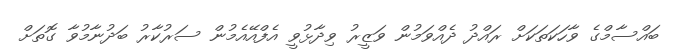
ބައްސާމްގެ ވާހަކަތަކަށް ރައްދު ދެއްވަމުން ވަޒީރު ވިދާޅުވީ އެފްއޭއެމުން ސަރުކާރު ބަދުނާމުވާ ގޮތަށް